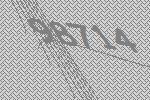
98714